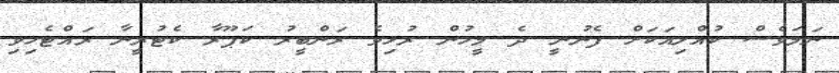
ނަމަވެސް ކުއްލިއަކަށް ފެނުނީ ދެ މީހުން ރުޅިވެ ރަންބީރު ކަޕޫރާ ކެޓުރީނާ ރައްޓެހިވި